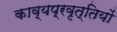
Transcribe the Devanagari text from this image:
काव्यप्रवृत्तियों